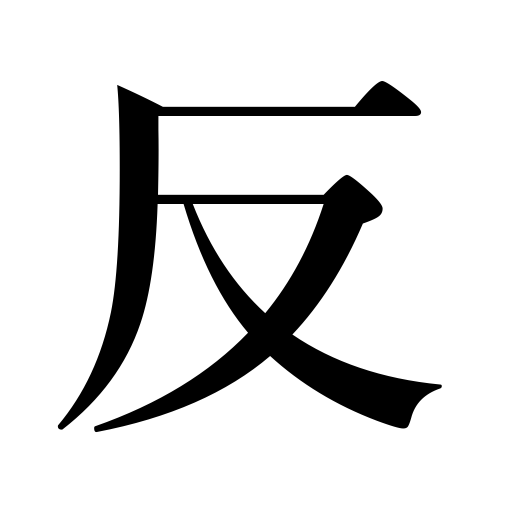
Meanings: bend,.245 acres,10yds.,lean backward,roll of cloth c,curve,antagonism,warp,opposite,anti,antithesis,300 tsubo